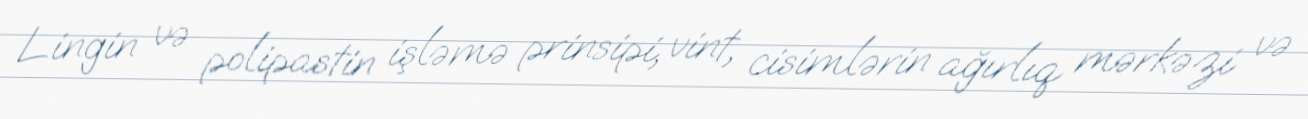
Lingin və polipastin işləmə prinsipi, vint, cisimlərin ağırlıq mərkəzi və